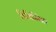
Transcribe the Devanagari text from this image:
विनिम्यित